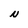
Character: N